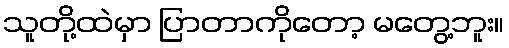
သူတို့ထဲမှာ ပြာတာကိုတော့ မတွေ့ဘူး။